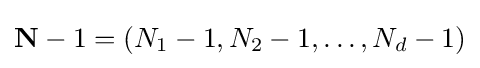
\mathbf {N} -1=(N_{1}-1,N_{2}-1,\ldots ,N_{d}-1)